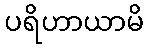
ပရိဟာယာမိ